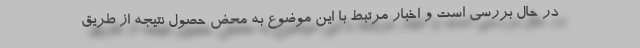
در حال بررسی است و اخبار مرتبط با این موضوع به محض حصول نتیجه از طریق